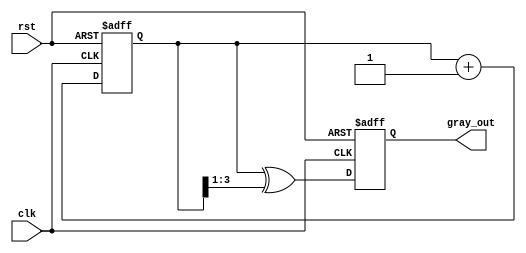
module gray_code_counter (
    input wire clk,        // Clock signal
    input wire rst,        // Asynchronous reset signal
    output reg [3:0] gray_out // Gray code output (4-bit)
);

    // Internal signal for binary counter
    reg [3:0] bin_count;

    // Binary to Gray code conversion function
    function [3:0] binary_to_gray;
        input [3:0] bin;
        begin
            binary_to_gray = bin ^ (bin >> 1);
        end
    endfunction

    // Always block for counter operation
    always @(posedge clk or posedge rst) begin
        if (rst) begin
            // Reset the binary counter and gray code output
            bin_count <= 4'b0000;
            gray_out <= 4'b0000;
        end else begin
            // Increment the binary counter
            bin_count <= bin_count + 1;
            // Convert binary count to Gray code
            gray_out <= binary_to_gray(bin_count);
        end
    end

endmodule